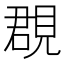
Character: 覠